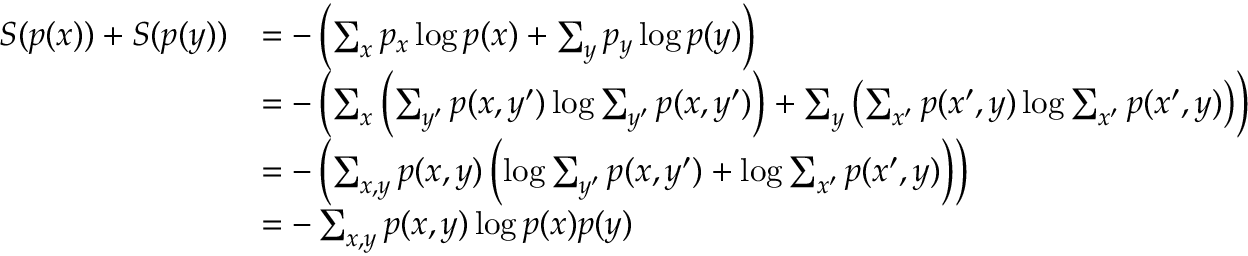
{ \begin{array} { r l } { S ( p ( x ) ) + S ( p ( y ) ) } & { = - \left( \sum _ { x } p _ { x } \log p ( x ) + \sum _ { y } p _ { y } \log p ( y ) \right) } \\ & { = - \left( \sum _ { x } \left( \sum _ { y ^ { \prime } } p ( x , y ^ { \prime } ) \log \sum _ { y ^ { \prime } } p ( x , y ^ { \prime } ) \right) + \sum _ { y } \left( \sum _ { x ^ { \prime } } p ( x ^ { \prime } , y ) \log \sum _ { x ^ { \prime } } p ( x ^ { \prime } , y ) \right) \right) } \\ & { = - \left( \sum _ { x , y } p ( x , y ) \left( \log \sum _ { y ^ { \prime } } p ( x , y ^ { \prime } ) + \log \sum _ { x ^ { \prime } } p ( x ^ { \prime } , y ) \right) \right) } \\ & { = - \sum _ { x , y } p ( x , y ) \log p ( x ) p ( y ) } \end{array} }